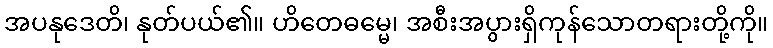
အပနုဒေတိ၊ နုတ်ပယ်၏။ ဟိတေဓမ္မေ၊ အစီးအပွားရှိကုန်သောတရားတို့ကို။